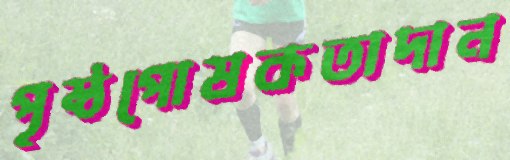
পৃষ্ঠপোষকতাদান